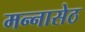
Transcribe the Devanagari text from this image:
मन्नासेठ